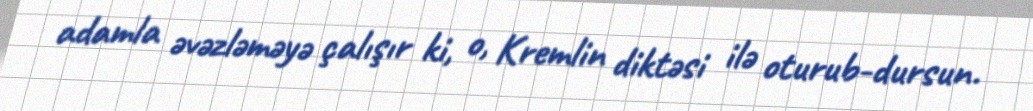
adamla əvəzləməyə çalışır ki, o, Kremlin diktəsi ilə oturub-dursun.